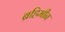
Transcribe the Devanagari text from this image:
ब्रहिमीन